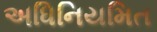
અધિનિયમિત